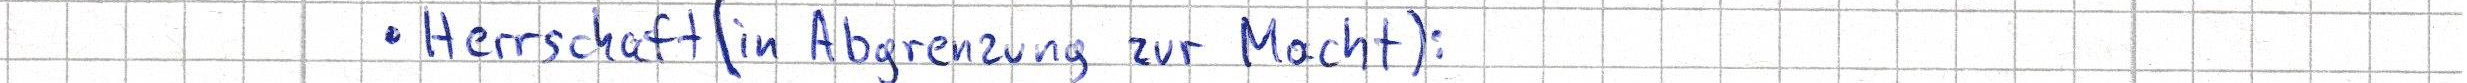
- Herrschaft (in Abgrenzung zur Macht):